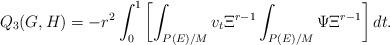
LaTeX: \begin{align*} Q_3(G,H)=-r^2\int_{0}^{1}\left[\int_{P(E)/M}v_t\Xi^{r-1}\int_{P(E)/M}\Psi\Xi^{r-1}\right]dt. \end{align*}